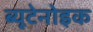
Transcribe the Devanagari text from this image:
ब्यूटेनोइक